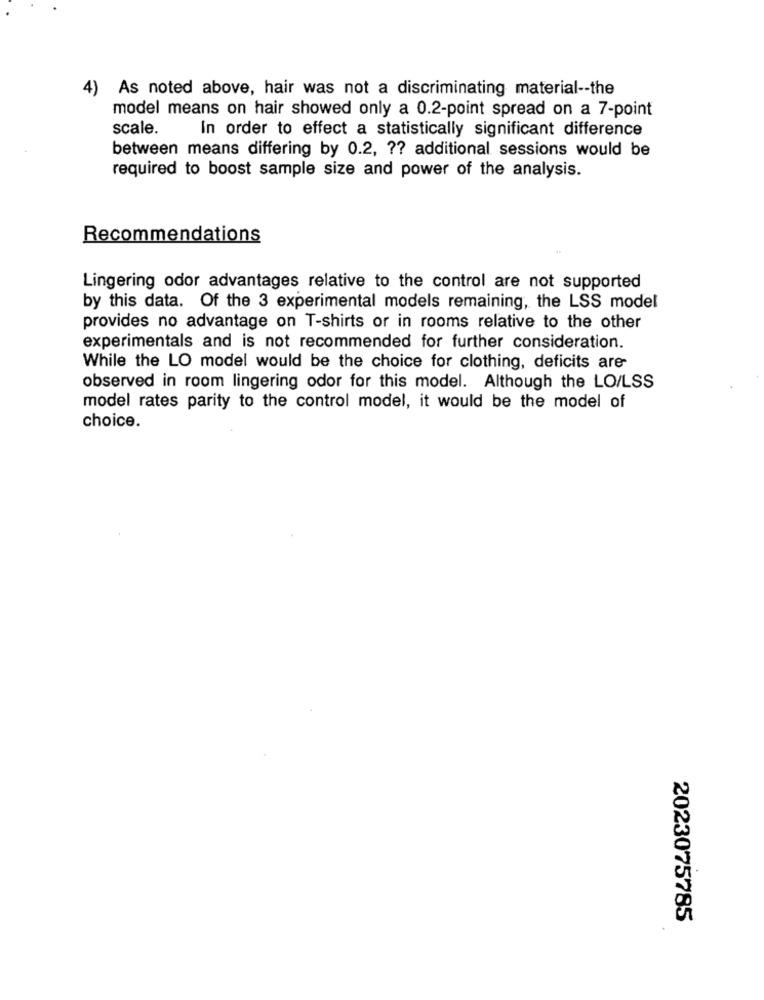
4) As noted above, hair was not a discriminating material -- the
model means on hair showed only a 0.2-point spread on a 7-point
scale.
In order to effect a statistically significant difference
between means differing by 0.2, ?? additional sessions would be
required to boost sample size and power of the analysis.
Recommendations
Lingering odor advantages relative to the control are not supported
by this data. Of the 3 experimental models remaining, the LSS model
provides no advantage on T-shirts or in rooms relative to the other
experimentals and is not recommended for further consideration.
While the LO model would be the choice for clothing, deficits are
observed in room lingering odor for this model. Although the LO/LSS
model rates parity to the control model, it would be the model of
choice.
2023075785